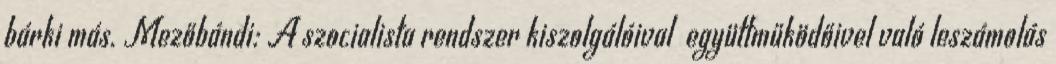
bárki más. Mezőbándi: A szocialista rendszer kiszolgálóival együttműködőivel való leszámolás